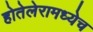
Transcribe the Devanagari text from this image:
होतेलेरामध्येच